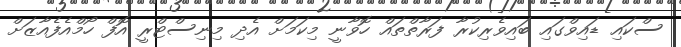
ސްކައި ޑައިވްގައި ބައިވެރިކުރާ ފަރާތްތައް ހޮވާނީ މިކަމަށް އެދި މިނިސްޓްރީ އޮފް ހޯމްއެފެއާޒަށް